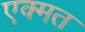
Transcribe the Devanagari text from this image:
एक्मत